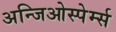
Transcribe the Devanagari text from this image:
अन्जिओस्पेर्म्स